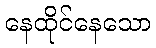
နေထိုင်နေသော